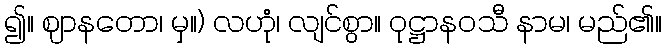
၍။ ဈာနတော၊ မှ။) လဟုံ၊ လျင်စွာ။ ဝုဋ္ဌာနဝသီ နာမ၊ မည်၏။